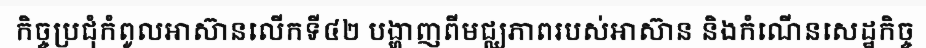
កិច្ចប្រជុំកំពូលអាស៊ានលើកទី៤២ បង្ហាញពីមជ្ឈភាពរបស់អាស៊ាន និងកំណើនសេដ្ឋកិច្ច